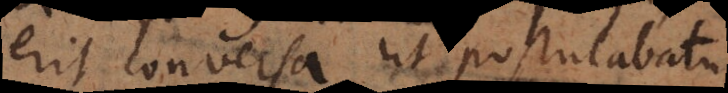
erit conversa ut postulabatu